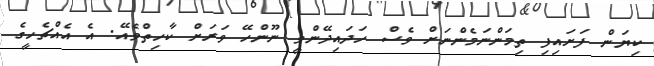
ކިޔަން ފަށައިފި ތިމަންނަމެންނަށް ވެސް ހަދައިދޭންވީ ނޫންހޭ ވަރަށް ކާހިތްވެއޭ. އެ އެއްޗެހީގެ